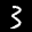
Label: 3